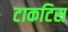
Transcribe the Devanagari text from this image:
टाकटिस